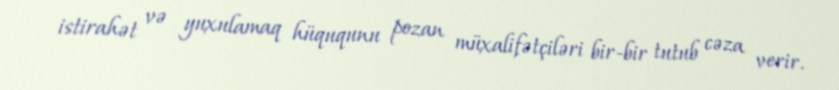
istirahət və yuxulamaq hüququnu pozan müxalifətçiləri bir-bir tutub cəza verir.